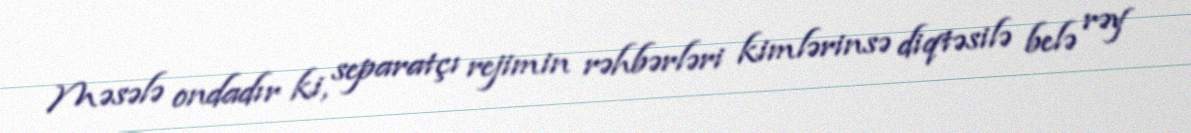
Məsələ ondadır ki, separatçı rejimin rəhbərləri kimlərinsə diqtəsilə belə rəy